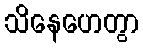
သိနေဟေတွာ